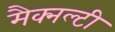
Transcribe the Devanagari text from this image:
मैक्नल्टी